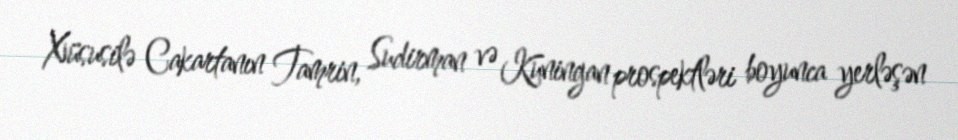
Xüsusilə Cakartanın Tamrin, Sudirman və Kuningan prospektləri boyunca yerləşən